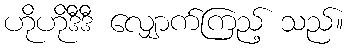
ဟိုဟိုဒီဒီ လျှောက်ကြည့် သည်။